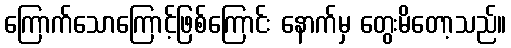
ကြောက်သောကြောင့်ဖြစ်ကြောင်း နောက်မှ တွေးမိတော့သည်။